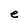
Character: e